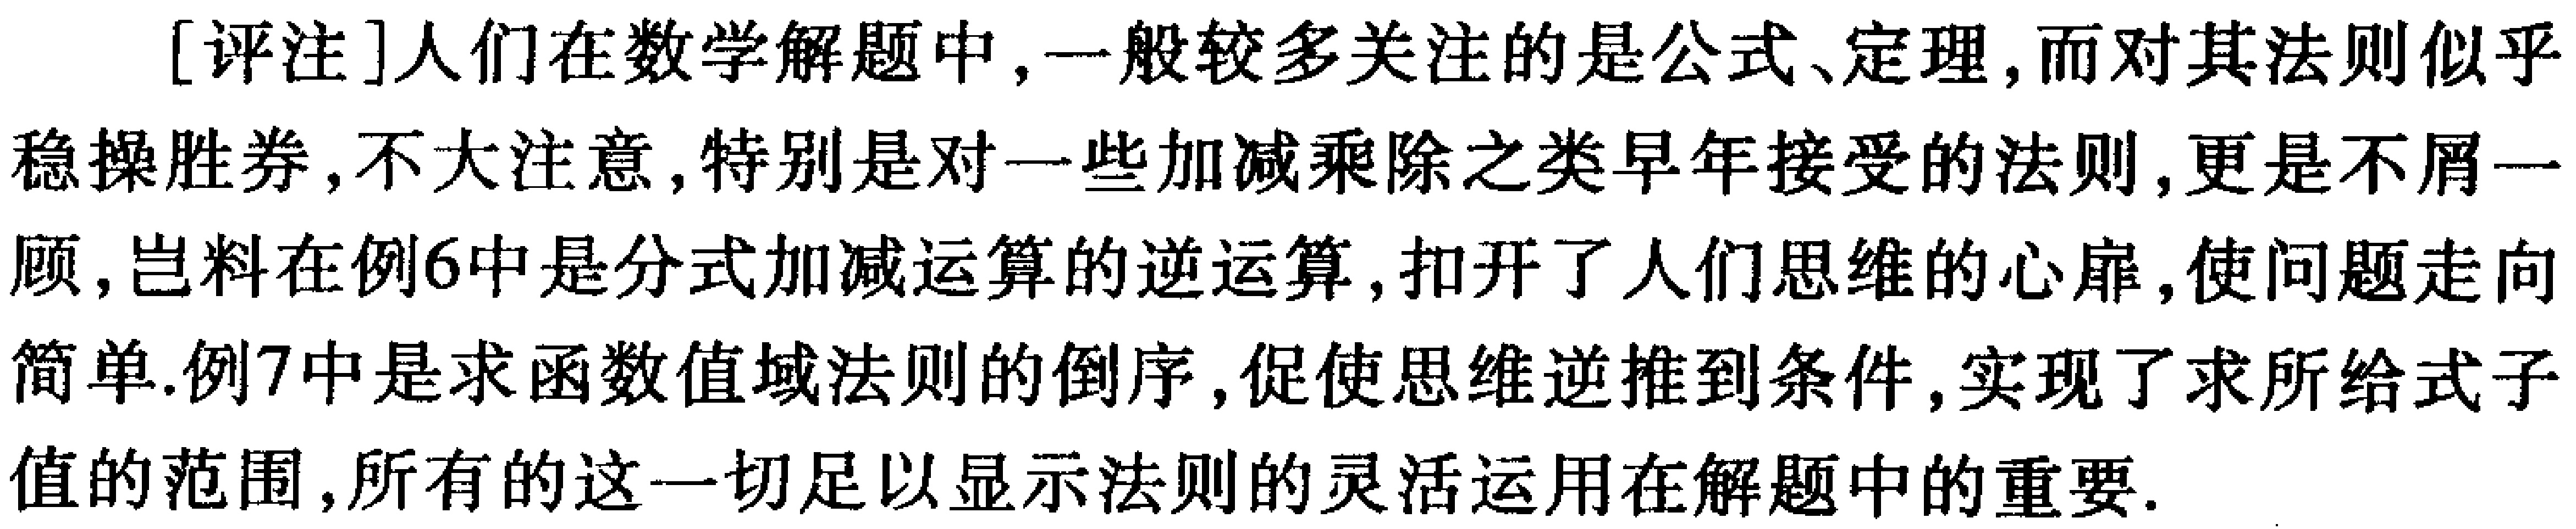
[评注]人们在数学解题中,一般较多关注的是公式、定理,而对其法则似乎稳操胜券,不大注意,特别是对一些加减乘除之类早年接受的法则,更是不屑一顾,岂料在例6中是分式加减运算的逆运算,扣开了人们思维的心扉,使问题走向简单.例7中是求函数值域法则的倒序,促使思维逆推到条件,实现了求所给式子值的范围,所有的这一切足以显示法则的灵活运用在解题中的重要.